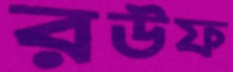
রঊফ